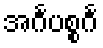
အင်္ဂပစ္စင်္ဂ